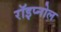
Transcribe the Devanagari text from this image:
रॉइप्नोल